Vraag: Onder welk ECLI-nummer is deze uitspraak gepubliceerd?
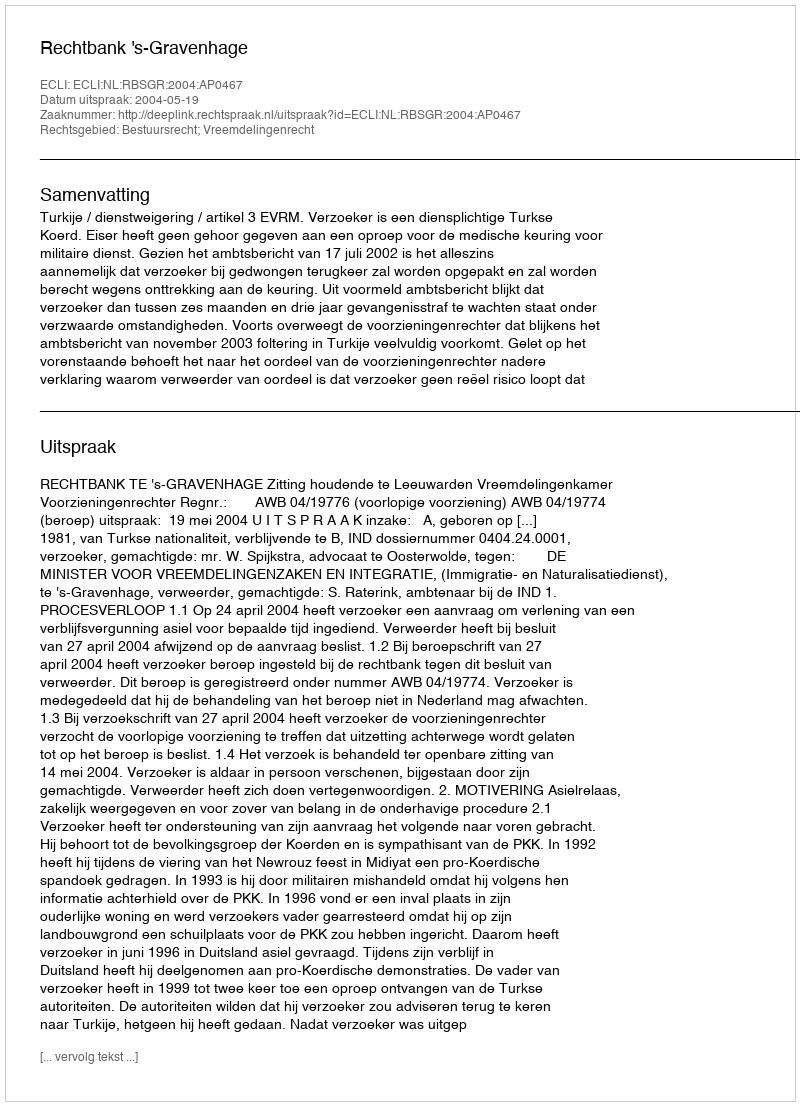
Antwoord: ECLI:NL:RBSGR:2004:AP0467